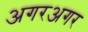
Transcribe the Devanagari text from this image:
अगरअगर